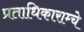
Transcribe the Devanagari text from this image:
प्रताधिकाराम्चे